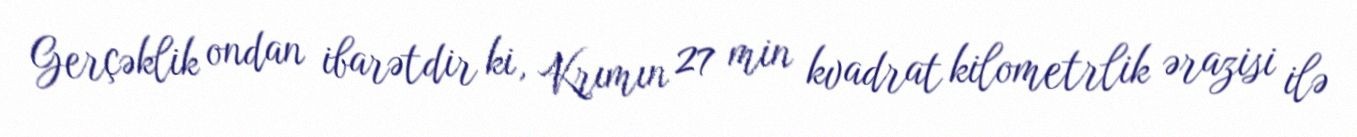
Gerçəklik ondan ibarətdir ki, Krımın 27 min kvadrat kilometrlik ərazisi ilə